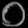
Digit: ၀